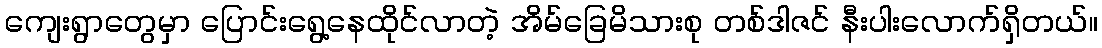
ကျေးရွာတွေမှာ ပြောင်းရွေ့နေထိုင်လာတဲ့ အိမ်ခြေမိသားစု တစ်ဒါဇင် နီးပါးလောက်ရှိတယ်။